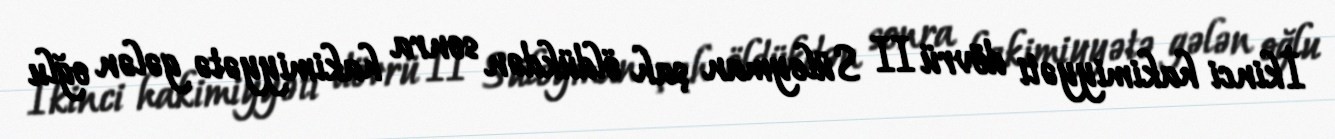
İkinci hakimiyyəti dövrü II Süleyman şah öldükdən sonra hakimiyyətə gələn oğlu